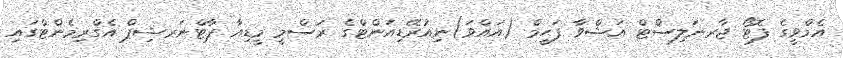
އެމްވީގެ ފޮޓޯ ޖާރނަލިސްޓް އަޝްވާ ފަޙީމް (އައްވަ)ނިއުރޭޑިއަންޓްގެ ރަސްމީ މީޑިއާ ޕާޓްނަރޝިޕް އެގްރިމެންޓްގައި